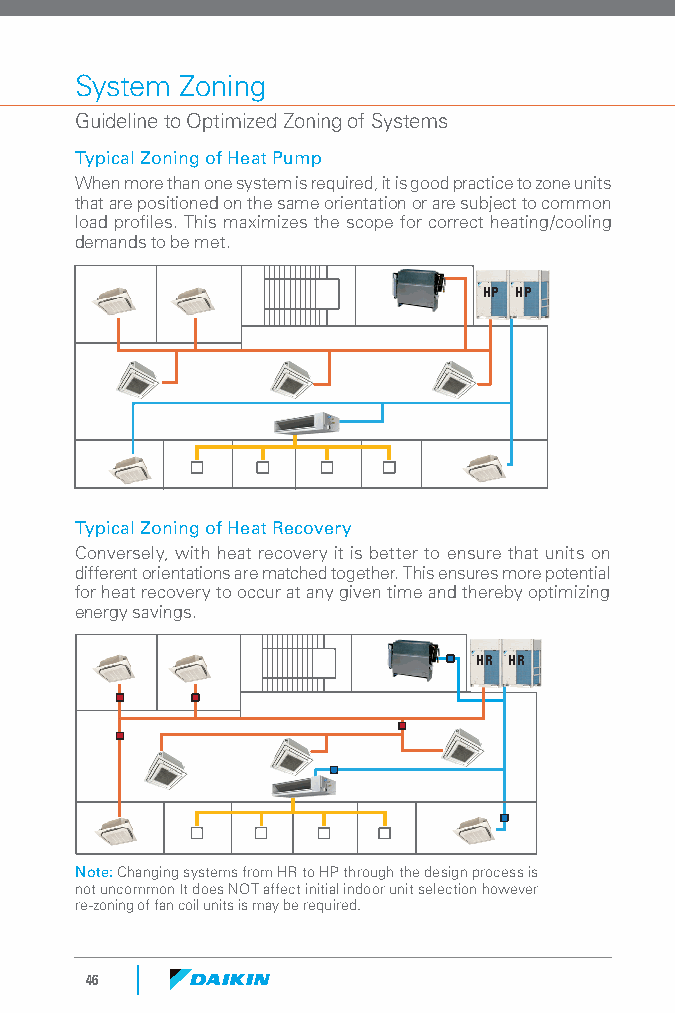
System Zoning
 Guideline to Optimized Zoning of Systems
 Typical Zoning of Heat Pump
 When more than one system is required, it is good practice to zone units
 that are positioned on the same orientation or are subject to common
 load profiles. This maximizes the scope for correct heating/cooling
 demands to be met.
 HP HP
 Typical Zoning of Heat Recovery
 Conversely, with heat recovery it is better to ensure that units on
 different orientations are matched together. This ensures more potential
 for heat recovery to occur at any given time and thereby optimizing
 energy savings.
 HR HR
 Note: Changing systems from HR to HP through the design process is
 not uncommon It does NOT affect initial indoor unit selection however
 re-zoning of fan coil units is may be required.
 46